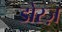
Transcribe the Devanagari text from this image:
डोरज़